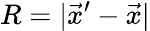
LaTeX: R=|\vec{x}^{\prime}-\vec{x}|